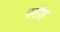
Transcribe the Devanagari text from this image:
फतीह